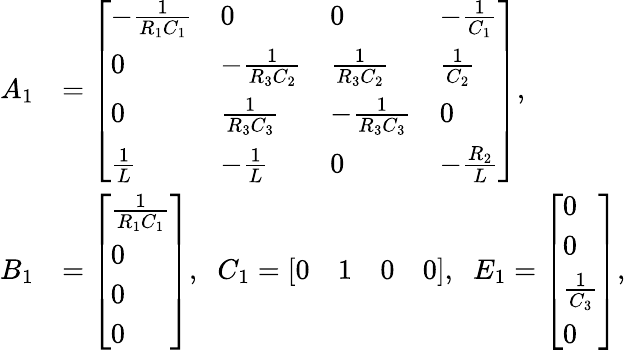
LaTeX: \begin{array}{rl}{A_{1}}&{=\left[\begin{array}{llll}{-\frac{1}{R_{1}C_{1}}}&{0}&{0}&{-\frac{1}{C_{1}}}\\ {0}&{-\frac{1}{R_{3}C_{2}}}&{\frac{1}{R_{3}C_{2}}}&{\frac{1}{C_{2}}}\\ {0}&{\frac{1}{R_{3}C_{3}}}&{-\frac{1}{R_{3}C_{3}}}&{0}\\ {\frac{1}{L}}&{-\frac{1}{L}}&{0}&{-\frac{R_{2}}{L}}\end{array}\right],}\\ {B_{1}}&{=\left[\begin{array}{l}{\frac{1}{R_{1}C_{1}}}\\ {0}\\ {0}\\ {0}\end{array}\right],\; \; C_{1}=\left[\begin{array}{llll}{0}&{1}&{0}&{0}\end{array}\right],\; \; E_{1}=\left[\begin{array}{l}{0}\\ {0}\\ {\frac{1}{C_{3}}}\\ {0}\end{array}\right],}\end{array}